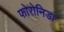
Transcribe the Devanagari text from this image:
फोरोनिडा